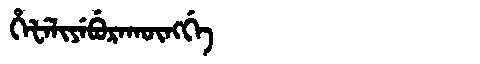
Manchu: ᡥᡝᡶᡝᠯᡳᠶᡝᠪᡠᡵᠠᡴᡡᠩᡤᡝ
Romanization: HEFELIYEBURAKŪNGGE